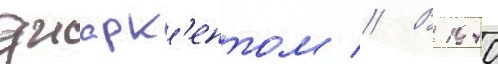
джарк'ентом // В 1940